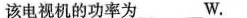
该电视机的功率为___W。